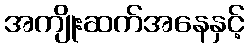
အကျိုးဆက်အနေနှင့်